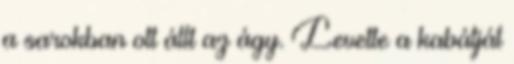
a sarokban ott állt az ágy. Levette a kabátját